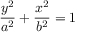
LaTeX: { \frac { y ^ { 2 } } { a ^ { 2 } } } + { \frac { x ^ { 2 } } { b ^ { 2 } } } = 1